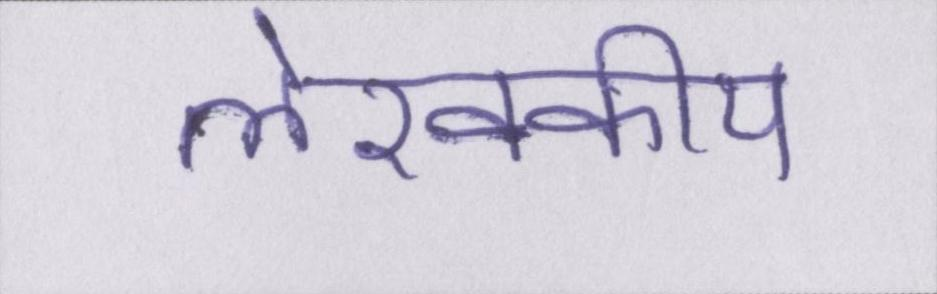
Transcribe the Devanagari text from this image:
लेखकीय